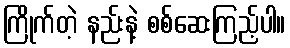
ကြိုက်တဲ့ နည်းနဲ့ စစ်ဆေးကြည့်ပါ။